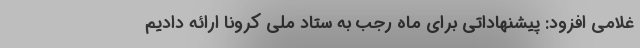
غلامی افزود: پیشنهاداتی برای ماه رجب به ستاد ملی کرونا ارائه دادیم